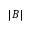
| B |